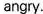
angry.